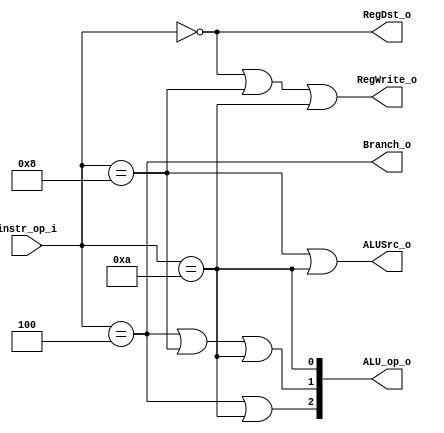
//Subject:     CO project 2 - Decoder
//--------------------------------------------------------------------------------
//Version:     1
//--------------------------------------------------------------------------------
//Writer:      Luke
//----------------------------------------------
//Date:        
//----------------------------------------------
//Description: 
//--------------------------------------------------------------------------------
`timescale 1ns/1ps
module Decoder(
    instr_op_i,
	RegWrite_o,
	ALU_op_o,
	ALUSrc_o,
	RegDst_o,
	Branch_o
	);
     
//I/O ports
input  [6-1:0] instr_op_i;

output         RegWrite_o;
output [3-1:0] ALU_op_o;
output         ALUSrc_o;
output         RegDst_o;
output         Branch_o;
 
//Internal Signals


//Parameter

wire           RegWrite_o;
wire   [3-1:0] ALU_op_o;
wire           ALUSrc_o;
wire           RegDst_o;
wire           Branch_o;

wire rtype;
wire beq;
wire addi;
wire slti;
wire ori;
wire lui;

//Main function

//process ALUop field
assign rtype = (instr_op_i==0);
assign beq   = (instr_op_i==4);
assign addi  = (instr_op_i==8);
assign slti =  (instr_op_i==10);
//process output signal
assign RegWrite_o = ((rtype | addi )| slti);
assign ALUSrc_o   = (addi | slti );//1 to use original 16bits
assign RegDst_o   = rtype;//1 for rd
assign Branch_o   = beq;

//only use when there is other command than R-type
//by book==> rtype-->100  beq-->001  and addi subi doesn't influence the add or sub operation but we still only can use ALU_op_o as the command to alu
//so addi-->ALU need add-->0010-->010
//so slti-->ALU need slt-->0111-->111  
//so beq-->ALU need sub-->0110-->110
assign ALU_op_o[2] = (beq | slti );
assign ALU_op_o[1] = ((beq | addi )| slti);
assign ALU_op_o[0] = slti;
endmodule